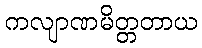
ကလျာဏမိတ္တတာယ